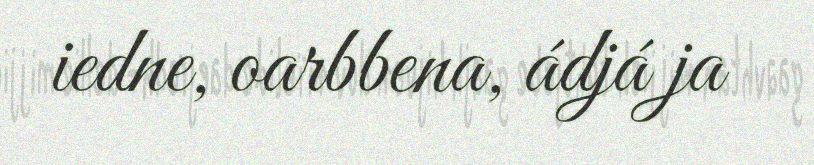
iedne, oarbbena, ádjá ja